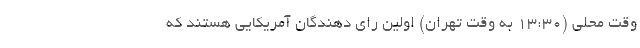
وقت محلی (۱۳:۳۰ به وقت تهران) اولین رای دهندگان آمریکایی هستند که